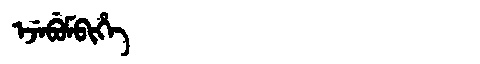
Manchu: ᡝᠵᡝᠪᡠᠮᠪᡳᡥᡝ
Romanization: EJEBUMBIHE